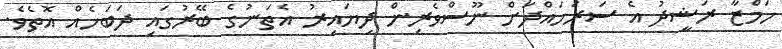
ހަމްޒާ ރަޝީދު އެ ސަރަހައްދަށް ނޫސްވެރިން ދިޔައިރު އެތަނުގެ ބޭރުގައި ދަބަހެއް އޮތެވެ.